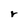
Character: r